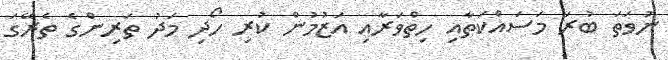
ނުވަތަ ބުރަ މަސައްކަތާއި ހިތްވަރާއި އަޒުމުން ކުރި ހޯދި މަދު ތަރިންގެ ތެރޭގަ